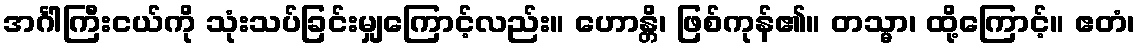
အင်္ဂါကြီးငယ်ကို သုံးသပ်ခြင်းမျှကြောင့်လည်း။ ဟောန္တိ၊ ဖြစ်ကုန်၏။ တသ္မာ၊ ထို့ကြောင့်။ ဧတံ၊